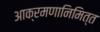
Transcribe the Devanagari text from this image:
आक्रमणानिमित्त